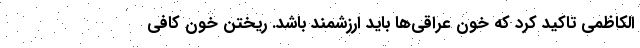
الکاظمی تاکید کرد که خون عراقی‌ها باید ارزشمند باشد. ریختن خون کافی